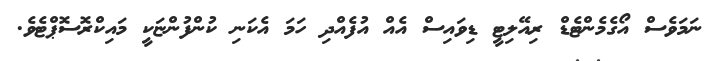
ނަމަވެސް އޯގެމެންޓެޑް ރިއޭލިޓީ ޑިވައިސް އެއް އުފެއްދި ހަމަ އެކަނި ކުންފުންޏަކީ މައިކްރޮސޮޕްޓެވެ.